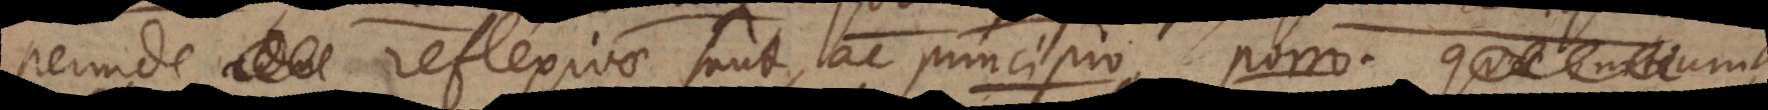
perinde reflexivae sunt, ac principio, porro, quae